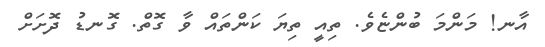
އާނ! މަންމަ ބުންޏެވެ. ތިއީ ތިޔަ ކަންތައް ވާ ގޮތް. ގޮނޑު ދޮށަށް